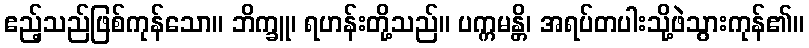
ဧည့်သည်ဖြစ်ကုန်သော။ ဘိက္ခူ၊ ရဟန်းတို့သည်။ ပက္ကမန္တိ၊ အရပ်တပါးသို့ဖဲသွားကုန်၏။